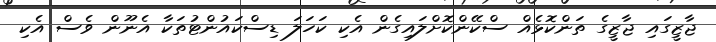
ޖާޒީގައި ޖާޒީގެ ތަންކޮޅެއް ސްކޭންކޮށްލައިގެން އެކި ކަހަލަ ޑިސްކައުންޓުތަކާ އެނޫން ވެސް އެކި